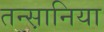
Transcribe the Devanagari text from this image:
तन्स़ानिया